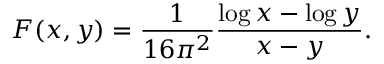
F ( x , y ) = \frac { 1 } { 1 6 \pi ^ { 2 } } \frac { \log x - \log y } { x - y } .